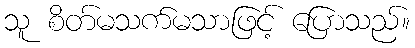
သူ စိတ်မသက်မသာဖြင့် ပြောသည်။